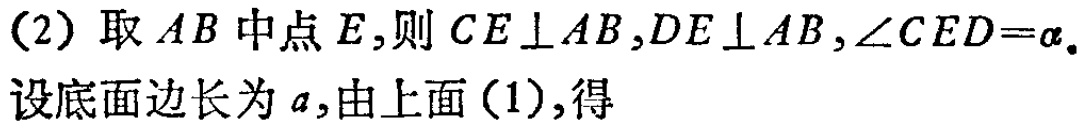
(2) 取 \(AB\) 中点 \(E\),则 \(CE\perp AB\),\(DE\perp AB\),\(\angle CED = \alpha\).

设底面边长为 \(a\),由上面(1),得